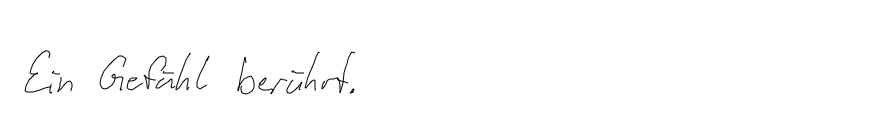
Ein Gefühl berührt.